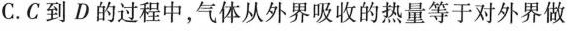
C.C到D的过程中，气体从外界吸收的热量等于对外界做